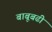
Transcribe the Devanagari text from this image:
बाबूबढी